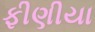
ફીણીયા